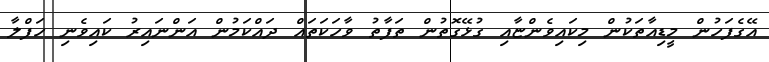
އޭގެފަހުން މީޑިއާތަކުން މިކައިވެންޏާއި ގުޅޭގޮތުން ތަފާތު ވާހަކަތައް ދައްކަމުން އަންނައިރު ކައިވެނި ހަފްލާ